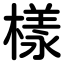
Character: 樣